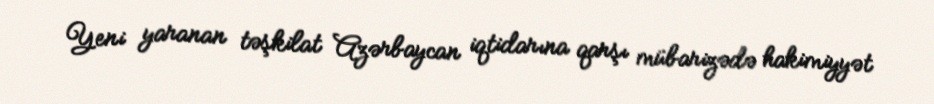
Yeni yaranan təşkilat Azərbaycan iqtidarına qarşı mübarizədə hakimiyyət